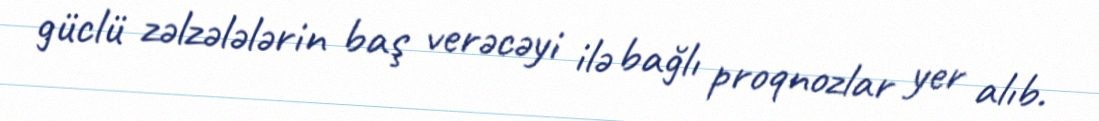
güclü zəlzələlərin baş verəcəyi ilə bağlı proqnozlar yer alıb.